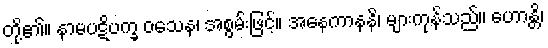
တို့၏။ နာမပဋိပက္ခ ဝသေန၊ အစွမ်းဖြင့်။ အနေကာနနိ၊ များကုန်သည်။ ဟောန္တိ၊